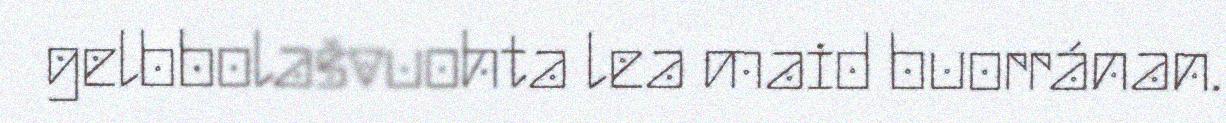
gelbbolašvuohta lea maid buorránan.